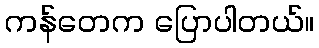
ကန်တေက ပြောပါတယ်။